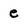
Character: e